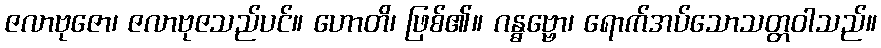
ဇလာဗုဇော၊ ဇလာဗုဇသည်ပင်။ ဟောတိ၊ ဖြစ်၏။ ဂန္ဓဗ္ဗော၊ ရောက်အပ်သောသတ္တဝါသည်။